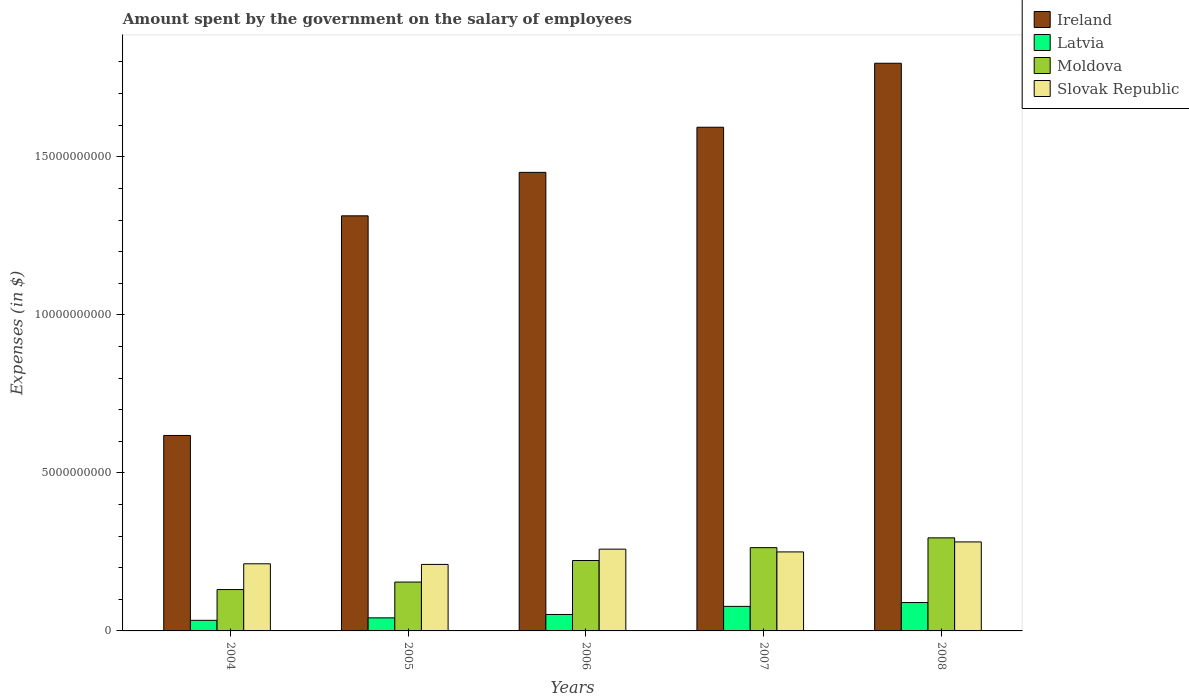
| Years | Ireland | Latvia | Moldova | Slovak Republic |
 | --- | --- | --- | --- | --- |
 | 2004 | 6.18e+09 | 3.35e+08 | 1.31e+09 | 2.12e+09 |
 | 2005 | 1.31e+10 | 4.13e+08 | 1.55e+09 | 2.1e+09 |
 | 2006 | 1.45e+10 | 5.21e+08 | 2.23e+09 | 2.59e+09 |
 | 2007 | 1.59e+10 | 7.76e+08 | 2.63e+09 | 2.5e+09 |
 | 2008 | 1.8e+10 | 8.98e+08 | 2.94e+09 | 2.82e+09 |